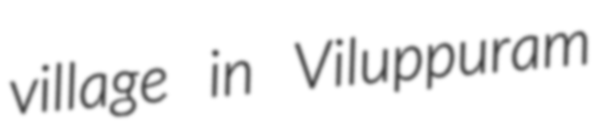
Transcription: village in Viluppuram